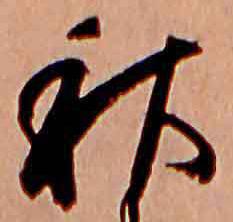
秋